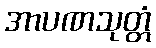
အာပဏသုတ္တံ